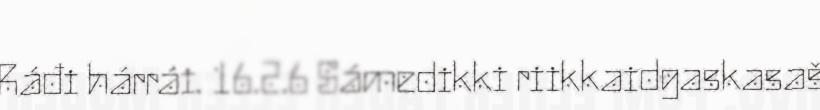
Ráđi hárrái. 16.2.6 Sámedikki riikkaidgaskasaš